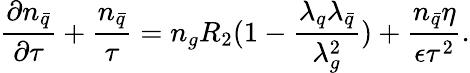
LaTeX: \frac{\partial n_{\bar{q}}}{\partial\tau}+\frac{n_{\bar{q}}}{\tau}=n_{g}R_{2}(1-\frac{\lambda_{q}\lambda_{\bar{q}}}{\lambda_{g}^{2}})+\frac{n_{\bar{q}}\eta}{\epsilon\tau^{2}}.